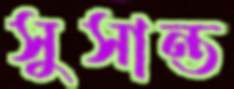
সুসান্ত